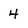
Character: 4